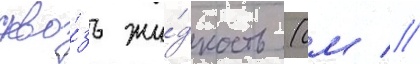
скво́зь жи́дкость (см //